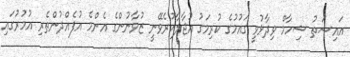
އައިޝަތު ޝިހާމް ވިދާޅުވީ ގައުމުގެ ކުރިމަގު އުޖާލާކުރެވޭނީ ޒުވާނުންގެ އެންމެ އުފެއްދުންތެރި އުމުރުގައި